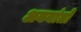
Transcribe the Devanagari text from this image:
अयनांतों